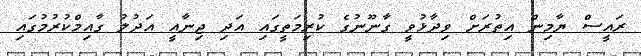
ރައީސް ޔާމިން އިތުރަށް ވިދާޅުވީ ގާނޫނުގެ ކުރިމަތީގައި އަދި ޖިނާއީ އަދުލު ގާއިމްކުރުމުގައި